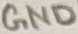
Text: GND